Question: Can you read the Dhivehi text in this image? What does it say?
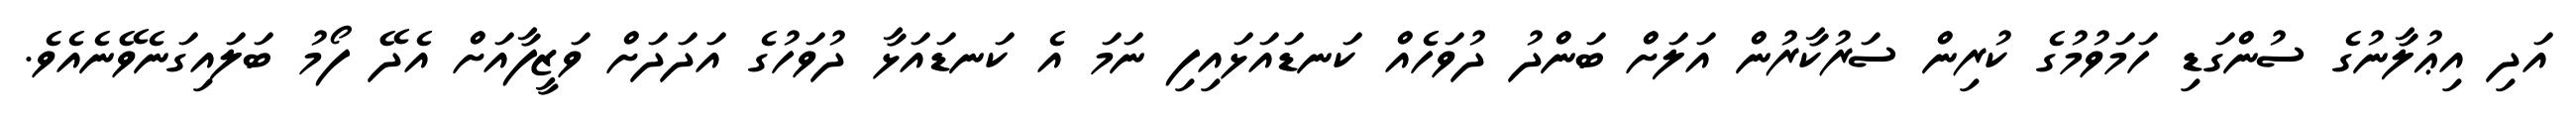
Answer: އަދި އިޢުލާނުގެ ސުންގަޑި ހަމަވުމުގެ ކުރިން ސަރުކާރުން އަލަށް ބަންދު ދުވަހެއް ކަނޑައަޅައިފި ނަމަ އެ ކަނޑައަޅާ ދުވަހުގެ އަދަދަށް ވަޒީފާއަށް އެދޭ ފޯމު ބަލައިގަނެވޭނެއެވެ.